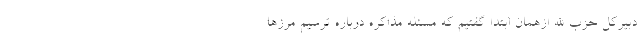
دبیرکل حزب الله ازهمان ابتدا گفتیم که مسئله مذاکره درباره ترسیم مرزها